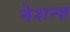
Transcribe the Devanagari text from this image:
नेशन्ज़